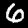
Digit: 6